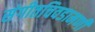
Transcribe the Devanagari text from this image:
संगीतचिवडामणी